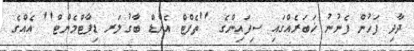
ދާދި ފަހުން ފެނުނު ޚަބަރެއްގައި ސިފައިންގެ ''ތެފްޓް އެންޑް ބާގުލަރ ޑިޕާޓްމެންޓް'' އެއްގެ